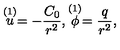
\stackrel { ( 1 ) } { u } = - { \frac { C _ { 0 } } { r ^ { 2 } } } , \stackrel { ( 1 ) } { \phi } = { \frac { q } { r ^ { 2 } } } ,